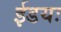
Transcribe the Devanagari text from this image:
ईडयः